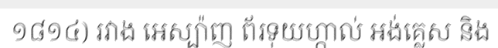
១៨១៤) រវាង អេស្ប៉ាញ ព័រទុយហ្កាល់ អង់គ្លេស និង